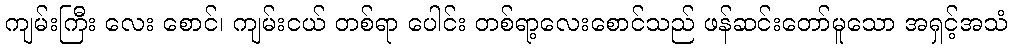
ကျမ်းကြီး လေး စောင်၊ ကျမ်းငယ် တစ်ရာ ပေါင်း တစ်ရာ့လေးစောင်သည် ဖန်ဆင်းတော်မူသော အရှင့်အသံ